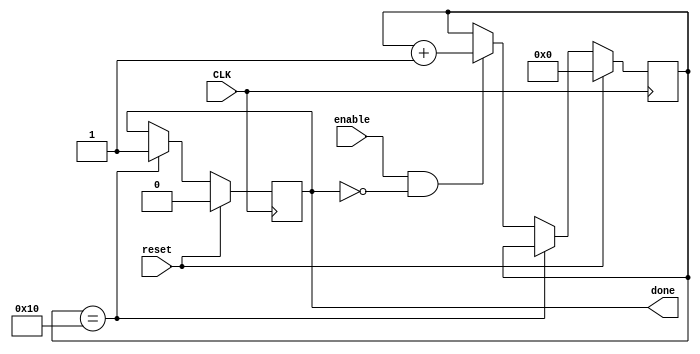
module warmup_counter
(
   input CLK,
   input reset,
   input enable,
   output reg done
);

reg [7:0]count;

always @(posedge CLK) 
begin
  if (reset) begin
    count      <= 8'b00000000;
    done       <= 1'b0;
  end else begin
    if (count == 8'b00010000)
      done    <= 1;
    else if (enable & ! done) 
      count   <= count + 1;
  end
end
endmodule